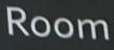
Room